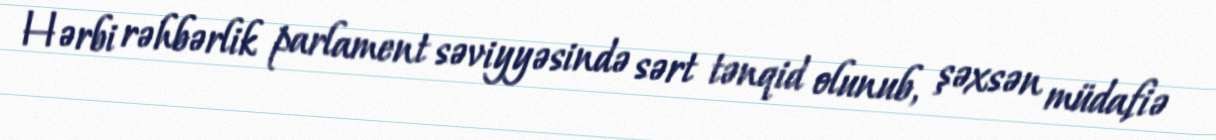
Hərbi rəhbərlik parlament səviyyəsində sərt tənqid olunub, şəxsən müdafiə